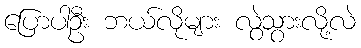
ပြောပါဦး ဘယ်လိုများ လွဲသွားလို့လဲ